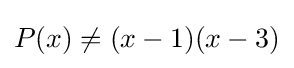
P(x)\neq (x-1)(x-3)